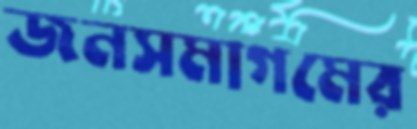
জনসমাগমের